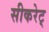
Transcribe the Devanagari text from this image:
सीकरेट्